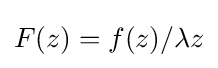
F(z)=f(z)/\lambda z